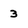
Character: 3